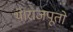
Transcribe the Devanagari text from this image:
थे।राजपूतो